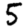
Digit: 5